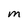
Character: M